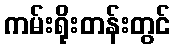
ကမ်းရိုးတန်းတွင်